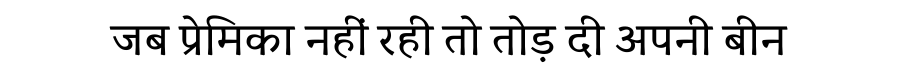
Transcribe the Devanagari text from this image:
जब प्रेमिका नहीं रही तो तोड़ दी अपनी बीन